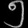
Digit: ၅